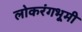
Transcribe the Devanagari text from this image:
लोकरंगभूमी